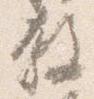
教